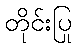
တိုင်းပြု